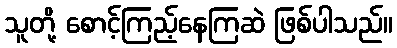
သူတို့ စောင့်ကြည့်နေကြဆဲ ဖြစ်ပါသည်။